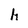
Character: h